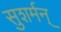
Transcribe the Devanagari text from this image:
सुशर्मन्